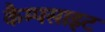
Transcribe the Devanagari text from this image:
कैम्पसाइट